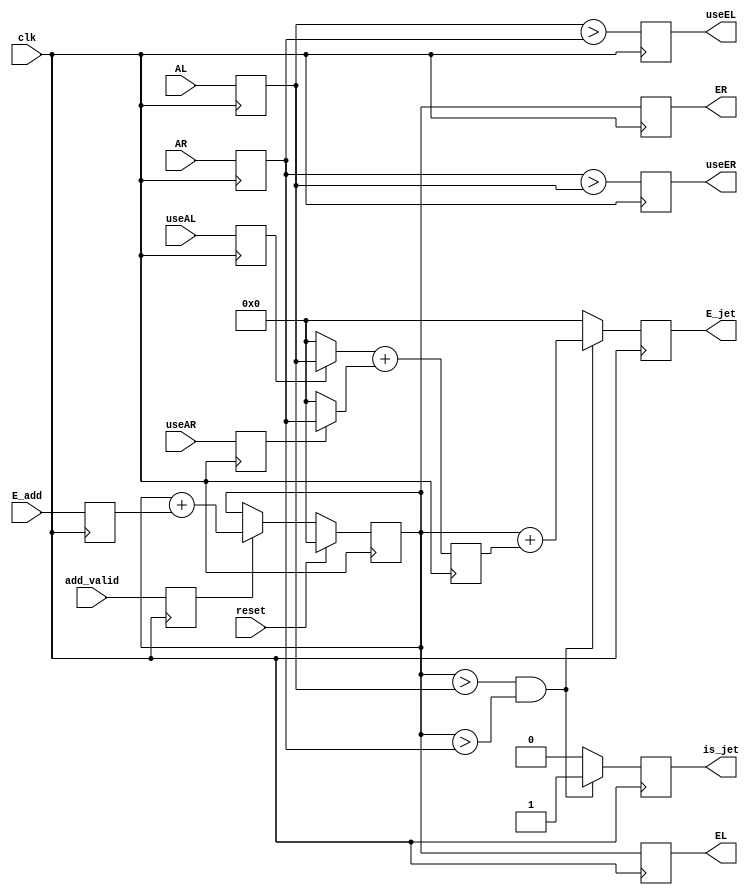
`timescale 1ns / 1ps
//////////////////////////////////////////////////////////////////////////////////
// Company: 
// Engineer: 
// 
// Design Name: 
// Module Name: jet_cand
// Project Name: 
// Target Devices: 
// Tool Versions: 
// Description: 
// 
// Dependencies: 
// 
// Revision:
// Revision 0.01 - File Created
// Additional Comments:
// 
//////////////////////////////////////////////////////////////////////////////////


module jet_cand(
    input clk,
    input reset,
    input useAL,
    input useAR,
    input [15:0] AL,
    input [15:0] AR,
    input [15:0] E_add,
    input add_valid,
    output reg useEL,
    output reg useER,
    output reg [15:0] EL,
    output reg [15:0] ER,
    output reg [15:0] E_jet,
    output reg is_jet
    );
    
    //registers for high performance
    reg       useAAL;
    reg       useAAR;
    reg [15:0] AAL;
    reg [15:0] AAR;
    reg       add_valid_reg;
    reg [15:0] E_add_reg;
    always @(posedge clk) begin
       useAAL <= useAL;
       useAAR <= useAR;
       AAL <= AL;
       AAR <= AR;
       E_add_reg <= E_add;
       add_valid_reg <= add_valid;
    end
    
    
    //the center of this 3x3 jet
    reg [15:0] E;
    always @(posedge clk) begin
       if(reset)
          E <= 0;
       else if(add_valid_reg)
          E <= E + E_add_reg;
    end
    
    //true if this is a local maximum
    wire J;
    assign J = E>AAL & E>AAR;
    
    //report to neighbor if it is the highest of our neighbors
    always @(posedge clk) begin
       useEL <= AAL>AAR; 
       useER <= AAR>AAL; 
       EL <= E;
       ER <= E;
    end
    
    //cluster sum 
    reg [15:0] D;
    always @(posedge clk) begin
        D <= (useAAL ? AAL:0) + (useAAR ? AAR:0);
    end
    
    //output
    always @(posedge clk) begin
        if(J) begin
            E_jet <= E + D;
            is_jet <= 1;
        end    
        else begin
            E_jet <= 0;
            is_jet <= 0;
        end    
    end
    
    
endmodule